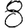
Digit: 8